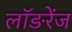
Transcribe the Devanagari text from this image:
लॉङरेंज